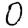
Digit: 0